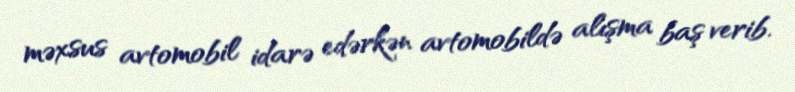
məxsus avtomobil idarə edərkən avtomobildə alışma baş verib.